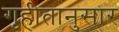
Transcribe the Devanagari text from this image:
गृहीतानुसार